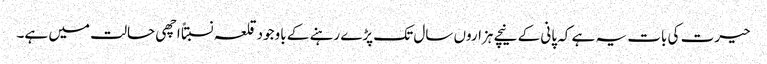
حیرت کی بات یہ ہے کہ پانی کے نیچے ہزاروں سال تک پڑے رہنے کے باوجود قلعہ نسبتاً اچھی حالت میں ہے۔